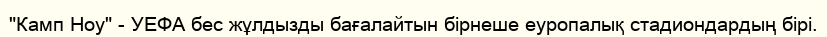
"Камп Ноу" - УЕФА бес жұлдызды бағалайтын бірнеше еуропалық стадиондардың бірі.